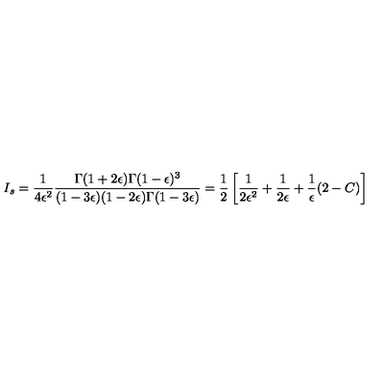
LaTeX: I _ { s } = { \frac { 1 } { 4 \epsilon ^ { 2 } } } { \frac { \Gamma ( 1 + 2 \epsilon ) \Gamma ( 1 - \epsilon ) ^ { 3 } } { ( 1 - 3 \epsilon ) ( 1 - 2 \epsilon ) \Gamma ( 1 - 3 \epsilon ) } } = { \frac { 1 } { 2 } } \left[ { \frac { 1 } { 2 \epsilon ^ { 2 } } } + { \frac { 1 } { 2 \epsilon } } + { \frac { 1 } { \epsilon } } ( 2 - C ) \right]